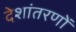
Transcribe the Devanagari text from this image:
देशांतरणों